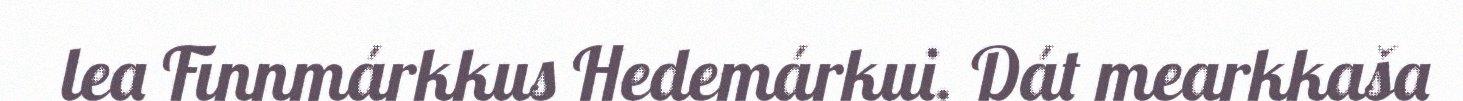
lea Finnmárkkus Hedemárkui. Dát mearkkaša